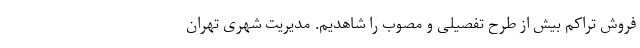
فروش تراکم بیش از طرح‌ تفصیلی و مصوب را شاهدیم. مدیریت شهری تهران